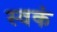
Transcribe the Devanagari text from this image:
स्वकं